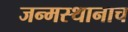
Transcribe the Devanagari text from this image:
जन्मस्थानाच